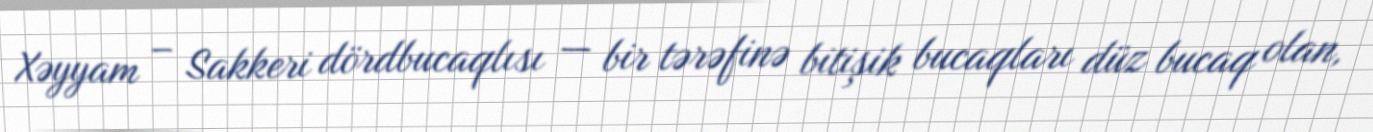
Xəyyam – Sakkeri dördbucaqlısı — bir tərəfinə bitişik bucaqları düz bucaq olan,